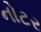
નોટર